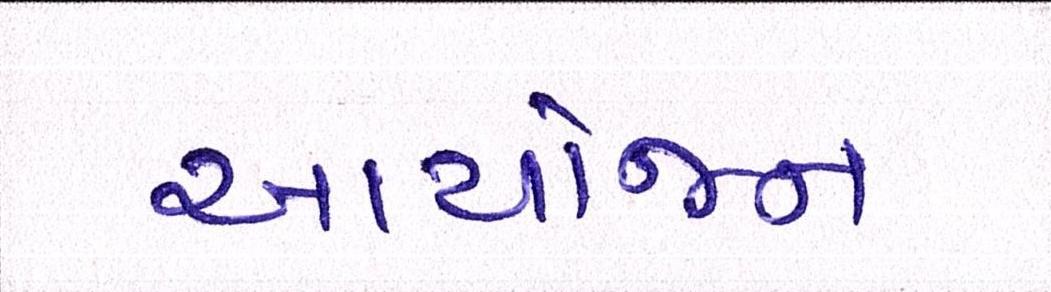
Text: આયોજન